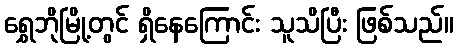
ရွှေဘိုမြို့တွင် ရှိနေကြောင်း သူသိပြီး ဖြစ်သည်။